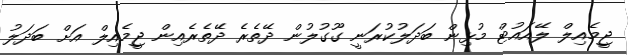
ޖީމެއިލް ލޭއައުޓް މުޅިން ބަދަލުކުރަނީ ގޫގުލުން ދޭތެރެ ދޭތެރެއިން ޖީމެއިލް އަށް ބަދަލު